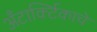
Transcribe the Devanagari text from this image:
अँटार्क्टिकाचे